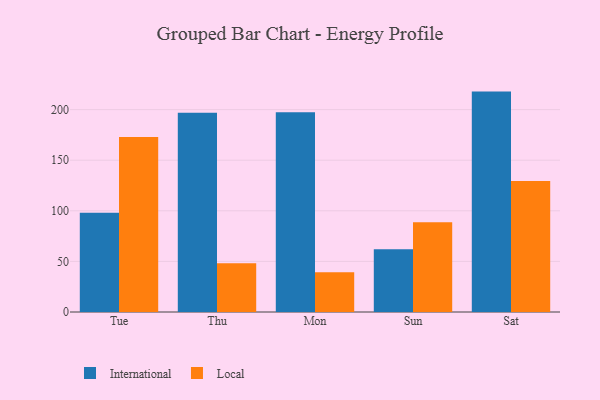
{"axis": {"x": "Day", "y": "Churn Rate (%)"}, "legend": ["International", "Local"], "data": [{"x": "Tue", "y": 98.1, "type": "International"}, {"x": "Tue", "y": 173.0, "type": "Local"}, {"x": "Thu", "y": 197.0, "type": "International"}, {"x": "Thu", "y": 48.1, "type": "Local"}, {"x": "Mon", "y": 197.5, "type": "International"}, {"x": "Mon", "y": 39.4, "type": "Local"}, {"x": "Sun", "y": 62.0, "type": "International"}, {"x": "Sun", "y": 88.6, "type": "Local"}, {"x": "Sat", "y": 217.8, "type": "International"}, {"x": "Sat", "y": 129.4, "type": "Local"}]}